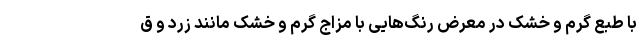
با طبع گرم و خشک در معرض رنگ‌هایی با مزاج گرم و خشک مانند زرد و ق